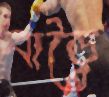
বাড়ৈ